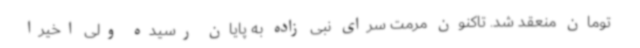
تومان منعقد شد. تاکنون مرمت سرای نبی زاده به پایان رسیده ولی اخیرا